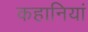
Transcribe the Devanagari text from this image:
कहानियां